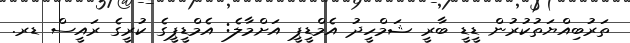
ތަރުބިއްޔަތުކުރުން ޑީޑީ ބާރީ ޝަމްހީދު އެމްޑީޕީ އަށްމާލެ: އެމްޑީޕީގެ ކުރީގެ ރައީސް ޑރ.